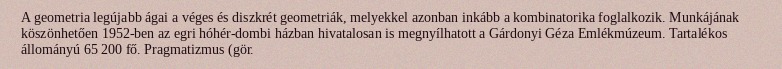
A geometria legújabb ágai a véges és diszkrét geometriák, melyekkel azonban inkább a kombinatorika foglalkozik. Munkájának köszönhetően 1952-ben az egri hóhér-dombi házban hivatalosan is megnyílhatott a Gárdonyi Géza Emlékmúzeum. Tartalékos állományú 65 200 fő. Pragmatizmus (gör.